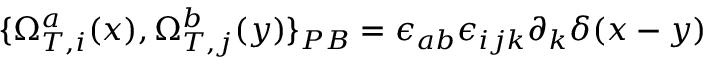
\{ \Omega _ { T , i } ^ { a } ( x ) , \Omega _ { T , j } ^ { b } ( y ) \} _ { P B } = \epsilon _ { a b } \epsilon _ { i j k } \partial _ { k } \delta ( x - y )